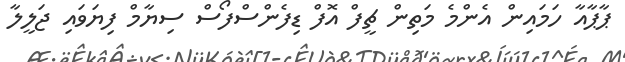
ޕާޕާއާ ހަމައިން އެންމެ މަތިން ޗީފް އޮފް ޑިފެންސްފޯސް ސިޔާމް ފިޔަވައި ޖަލީލާ